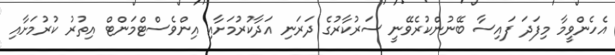
އެހެންވީމާ މިފަދަ ފައިސާ ބޭނުންކުރެވޭނީ ސަރުކާރުގެ ދަރަނި އަދާކުރުމަށާއި އިންވެސްޓްމަންޓް އިތުރު ކުރުމަށާއި